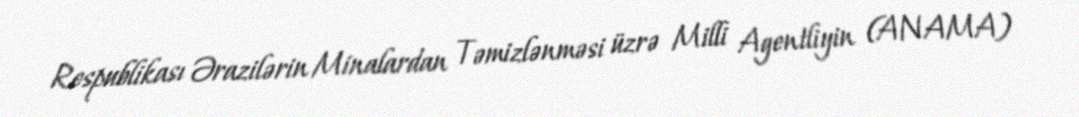
Respublikası Ərazilərin Minalardan Təmizlənməsi üzrə Milli Agentliyin (ANAMA)